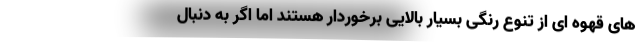
های قهوه ای از تنوع رنگی بسیار بالایی برخوردار هستند اما اگر به دنبال